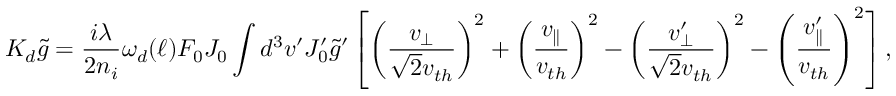
{ \cal K } _ { d } \tilde { g } = \frac { i \lambda } { 2 n _ { i } } \omega _ { d } ( \ell ) F _ { 0 } J _ { 0 } \int d ^ { 3 } v ^ { \prime } J _ { 0 } ^ { \prime } \tilde { g } ^ { \prime } \left[ \left( \frac { v _ { \perp } } { \sqrt { 2 } v _ { t h } } \right) ^ { 2 } + \left( \frac { v _ { \parallel } } { v _ { t h } } \right) ^ { 2 } - \left( \frac { v _ { \perp } ^ { \prime } } { \sqrt { 2 } v _ { t h } } \right) ^ { 2 } - \left( \frac { v _ { \parallel } ^ { \prime } } { v _ { t h } } \right) ^ { 2 } \right] ,